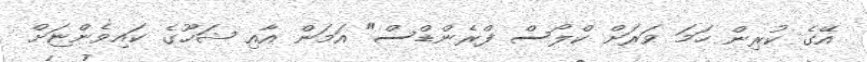
އޭގެ ކުރިން ހަމަ ވަރަށް ކްލޯސް ފްރެންޑްސް" އަމަން އާއި ޝަހޫގެ ކައިވެންޏަށް